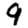
Digit: 9